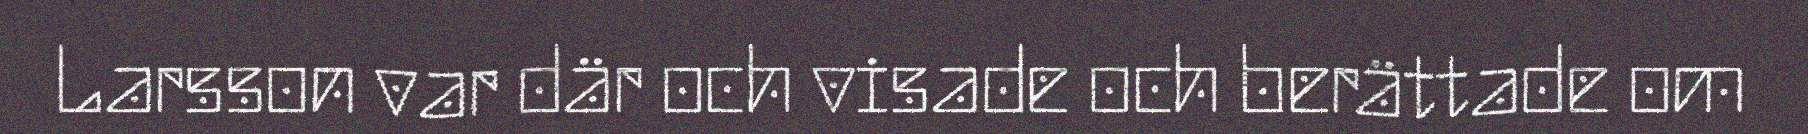
Larsson var där och visade och berättade om